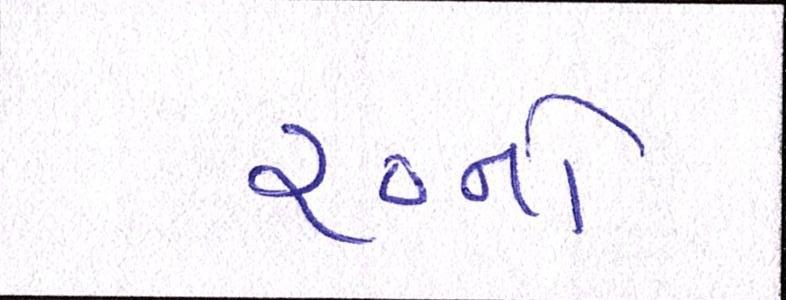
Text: ૨૦નો